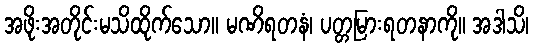
အဖိုးအတိုင်းမသိထိုက်သော။ မဏိရတနံ၊ ပတ္တမြားရတနာကို။ အဒါသိ၊